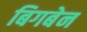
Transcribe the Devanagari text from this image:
बिगबेन